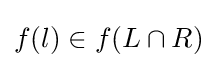
f(l)\in f(L\cap R)